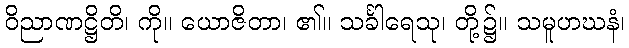
ဝိညာဏဋ္ဌိတိ၊ ကို။ ယောဇိတာ၊ ၏။ သင်္ခါရေသု၊ တို့၌။ သမူဟဃနံ၊